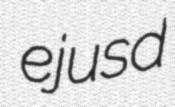
ejusd